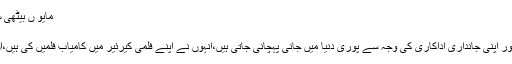
مایو ں بیٹھی سونم کپور نے ماضی سے پردہ اٹھا دیا ایسی
04:36 PM | 7 May, 2018
ممبئی (ویب ڈیسک)بالی ووڈ اداکارہ سونم کپور اپنی جانداری اداکاری کی وجہ سے پوری دنیا میں جانی پہچانی جاتی ہیں،انہوں نے اپنے فلمی کیرئیر میں کامیاب فلمیں کی ہیں،ان فلموں میں انہوں نے اہم کردار نبھائے ہیں۔